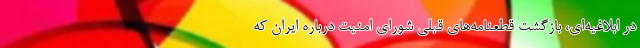
در ابلاغیه‌ای، بازگشت قطعنامه‌های قبلی شورای امنیت درباره ایران که